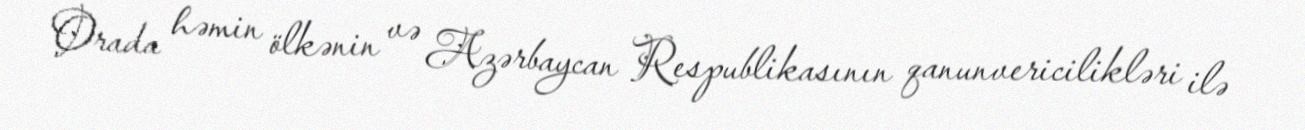
Orada həmin ölkənin və Azərbaycan Respublikasının qanunvericilikləri ilə